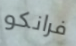
فرانكو